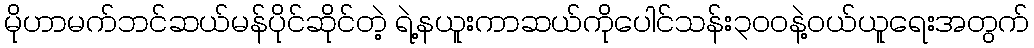
မိုဟာမက်ဘင်ဆယ်မန်ပိုင်ဆိုင်တဲ့ ရဲ့နယူးကာဆယ်ကိုပေါင်သန်း၃၀၀နဲ့ဝယ်ယူရေးအတွက်